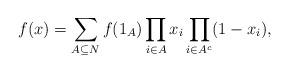
LaTeX: \begin{align*}f(x) = \sum_{A\subseteq N}f(1_A)\prod_{i\in A}x_i\prod_{i\in A^c}(1-x_i),\end{align*}